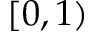
[ 0 , 1 )